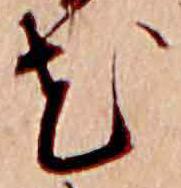
花